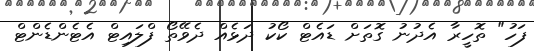
ފަހު" ތޮހީރާ އެދުނު ގޮތަށް ޑައެޓް ކޯކު ދަޅެއް ދެވޭތޯ ފްލައިޓް އެޓެންޑެންޓް